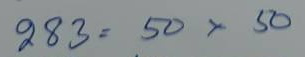
283 = 50 x 50